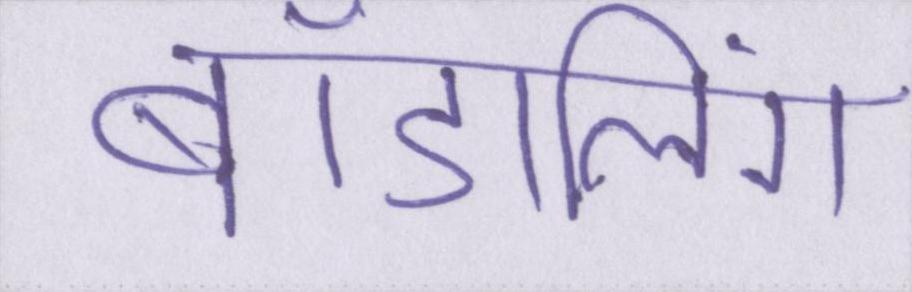
बॉडलिंग